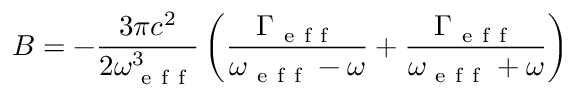
B = - \frac { 3 \pi c ^ { 2 } } { 2 \omega _ { \mathrm { ~ e ~ f ~ f ~ } } ^ { 3 } } \left( \frac { \Gamma _ { \mathrm { ~ e ~ f ~ f ~ } } } { \omega _ { \mathrm { ~ e ~ f ~ f ~ } } - \omega } + \frac { \Gamma _ { \mathrm { ~ e ~ f ~ f ~ } } } { \omega _ { \mathrm { ~ e ~ f ~ f ~ } } + \omega } \right)